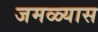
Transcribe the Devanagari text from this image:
जमळ्यास